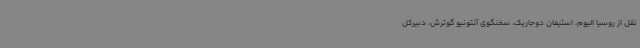
نقل از روسیا الیوم، استیفان دوجاریک، سخنگوی آنتونیو گوترش، دبیرکل